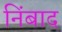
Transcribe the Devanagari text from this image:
निंबाद